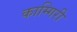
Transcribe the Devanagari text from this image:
काम्गिरी